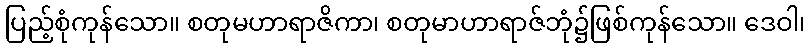
ပြည့်စုံကုန်သော။ စတုမဟာရာဇိကာ၊ စတုမာဟာရာဇ်ဘုံ၌ဖြစ်ကုန်သော။ ဒေဝါ၊